Indian journal of veterinary science and animal husbandry - Volume 10,
Year: 1940
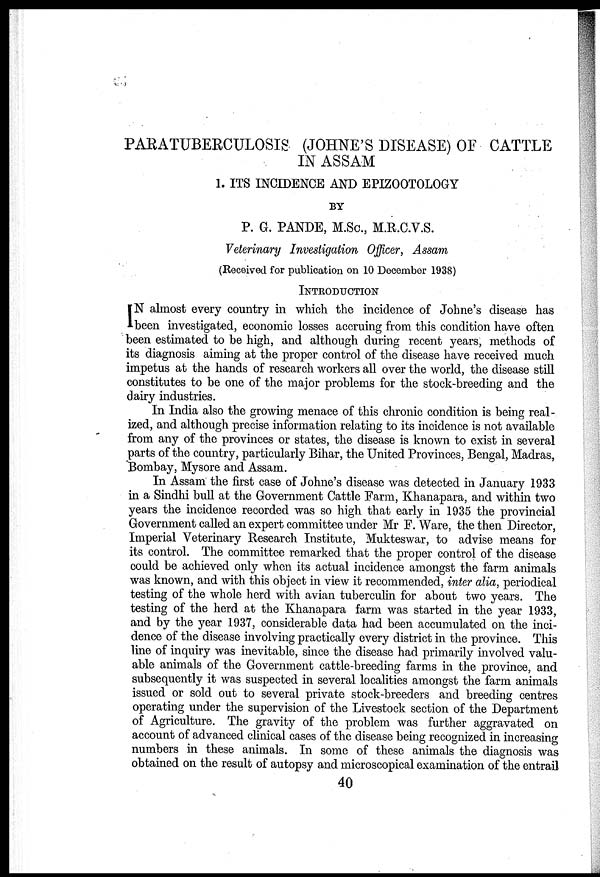
PARATUBERCULOSIS (JOHNE'S DISEASE) OF CATTLE
IN ASSAM
1. ITS INCIDENCE AND EPIZOOTOLOGY
BY
P. G. PANDE, M.Sc., M.R.C.V.S.
Veterinary Investigation Officer, Assam
(Received for publication on 10 December 1938)
INTRODUCTION
I N almost every country in which the incidence of Johne's disease has
been investigated, economic losses accruing from this condition have often
been estimated to be high, and although during recent years, methods of
its diagnosis aiming at the proper control of the disease have received much
impetus at the hands of research workers all over the world, the disease still
constitutes to be one of the major problems for the stock-breeding and the
dairy industries.
In India also the growing menace of this chronic condition is being real-
ized, and although precise information relating to its incidence is not available
from any of the provinces or states, the disease is known to exist in several
parts of the country, particularly Bihar, the United Provinces, Bengal, Madras,
Bombay, Mysore and Assam.
In Assam the first case of Johne's disease was detected in January 1933
in a Sindhi bull at the Government Cattle Farm, Khanapara, and within two
years the incidence recorded was so high that early in 1935 the provincial
Government called an expert committee under Mr F. Ware, the then Director,
Imperial Veterinary Research Institute, Mukteswar, to advise means for
its control. The committee remarked that the proper control of the disease
could be achieved only when its actual incidence amongst the farm animals
was known, and with this object in view it recommended, inter alia, periodical
testing of the whole herd with avian tuberculin for about two years. The
testing of the herd at the Khanapara farm was started in the year 1933,
and by the year 1937, considerable data had been accumulated on the inci-
dence of the disease involving practically every district in the province. This
line of inquiry was inevitable, since the disease had primarily involved valu-
able animals of the Government cattle-breeding farms in the province, and
subsequently it was suspected in several localities amongst the farm animals
issued or sold out to several private stock-breeders and breeding centres
operating under the supervision of the Livestock section of the Department
of Agriculture. The gravity of the problem was further aggravated on
account of advanced clinical cases of the disease being recognized in increasing
numbers in these animals. In some of these animals the diagnosis was
obtained on the result of autopsy and microscopical examination of the entrail
40